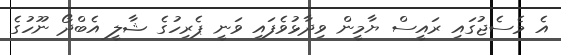
އެ މެސެޖުގައި ރައީސް ޔާމީން ވިދާޅުވެފައި ވަނީ ޕެރިހުގެ ޝާލީ އެބްދޯ ނޫހުގެ